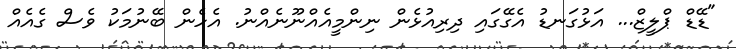
"ޑޭޑް ޕްލީޒް... އަޅުގަނޑު އެގޭގައި ދިރިއުޅެން ނިންމީއެއްނޫނެއްނު. އެހެން ބޭނުމަކު ވެސް ގެއެއް